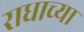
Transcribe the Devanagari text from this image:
राधाच्या